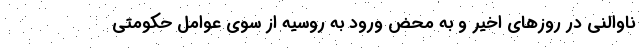
ناوالنی در روزهای اخیر و به محض ورود به روسیه از سوی عوامل حکومتی